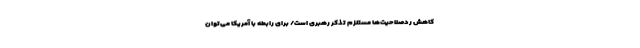
کاهش ردصلاحیت‌ها مستلزم تذکر رهبری است/ برای رابطه با آمریکا می‌توان